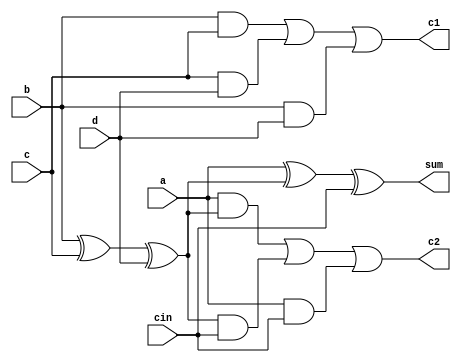
//
//Purpose       : compress 4 bits to 2 bits
//
//
//Simulator     : NC-Verilog

module compressor4_2(sum, c1, c2, a, b, c, d, cin);
input a,b,c,d,cin;
output sum,c1,c2;
   
wire tmp;

assign tmp = b^c^d;
assign c1 = (b&c)|(c&d)|(b&d);
assign c2 = (a&tmp)|(tmp&cin)|(a&cin);
assign sum = a^tmp^cin;
endmodule